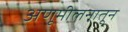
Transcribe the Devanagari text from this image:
अणूमीलनातून